Report on vaccination in Madras 1877-1894 - 1877-1894
Year: 1877
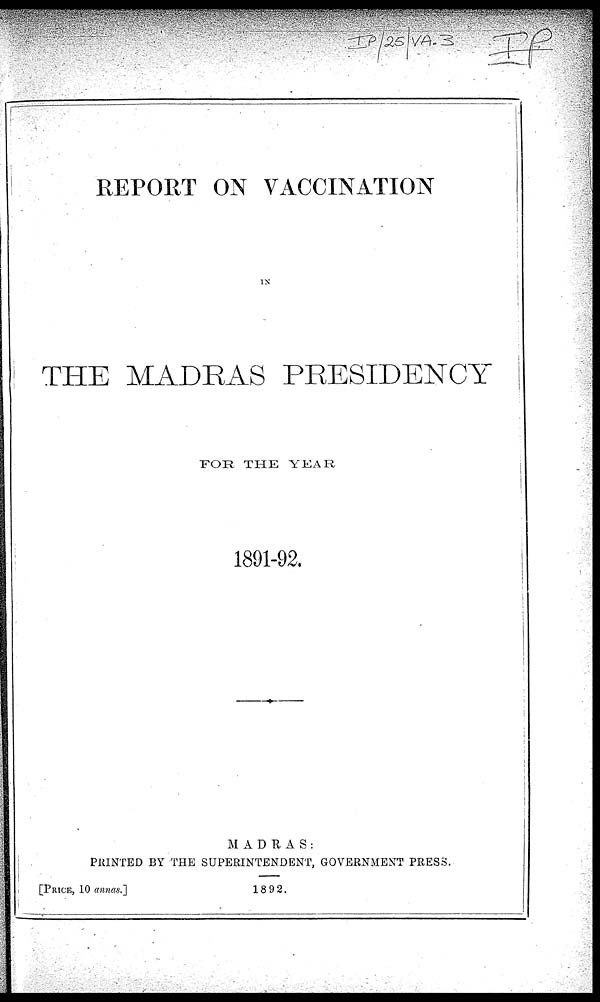
REPORT ON VACCINATION
IN
THE MADRAS PRESIDENCY
FOR THE YEAR
1891-92.
MADRAS:
PRINTED BY THE SUPERINTENDENT, GOVERNMENT PRESS.
[PRICE, 10 annas.]
1892.